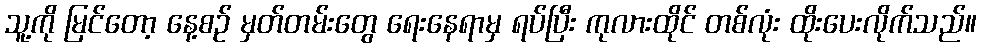
သူ့ကို မြင်တော့ နေ့စဉ် မှတ်တမ်းတွေ ရေးနေရာမှ ရပ်ပြီး ကုလားထိုင် တစ်လုံး ထိုးပေးလိုက်သည်။